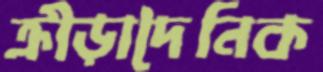
ক্রীড়াদৈনিক